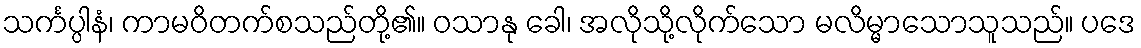
သင်္ကပ္ပါနံ၊ ကာမဝိတက်စသည်တို့၏။ ဝသာနု ခေါ၊ အလိုသို့လိုက်သော မလိမ္မာသောသူသည်။ ပဒေ